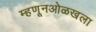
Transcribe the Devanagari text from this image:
म्हणूनओळखला